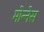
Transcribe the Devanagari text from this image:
मोन्‍नेस